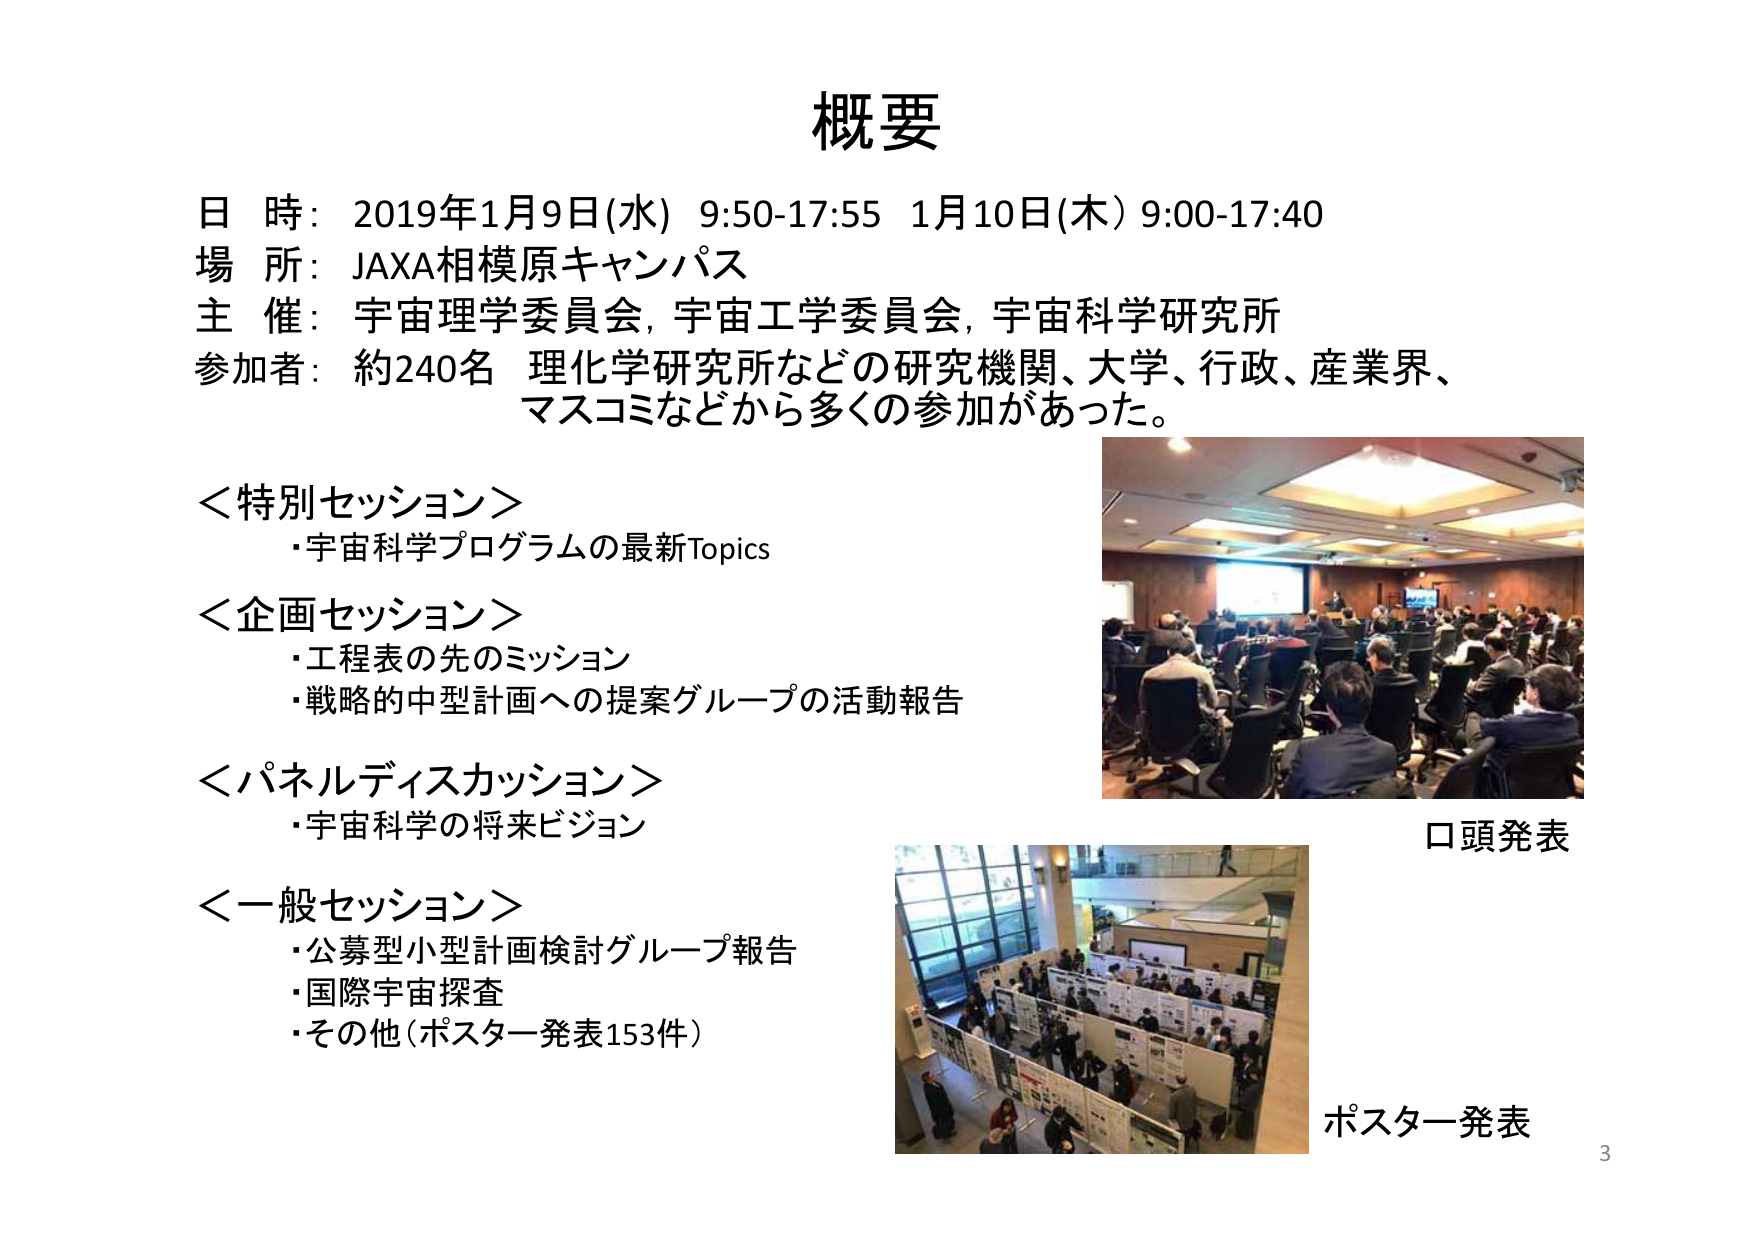
概要
日 時：2019年1月9日(水) 9:50-17:55 1月10日(木) 9:00-17:40
場 所：JAXA相模原キャンパス
主 催：宇宙理学委員会, 宇宙工学委員会, 宇宙科学研究所
参加者：約240名 理化学研究所などの研究機関、大学、行政、産業界、
マスコミなどから多くの参加があった。

＜特別セッション＞
・宇宙科学プログラムの最新Topics

＜企画セッション＞
・工程表の先のミッション
・戦略的中型計画への提案グループの活動報告

＜パネルディスカッション＞
・宇宙科学の将来ビジョン

＜一般セッション＞
・公募型小型計画検討グループ報告
・国際宇宙探査
・その他（ポスター発表153件）

口頭発表
ポスター発表
3